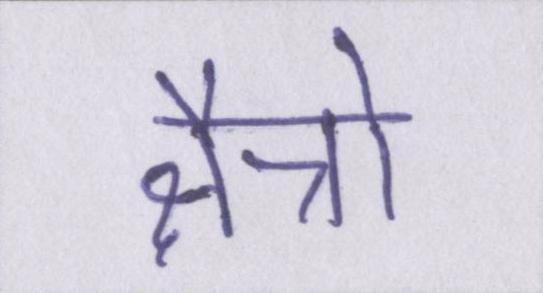
क्षैत्रो